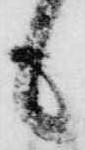
も